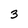
Character: 3